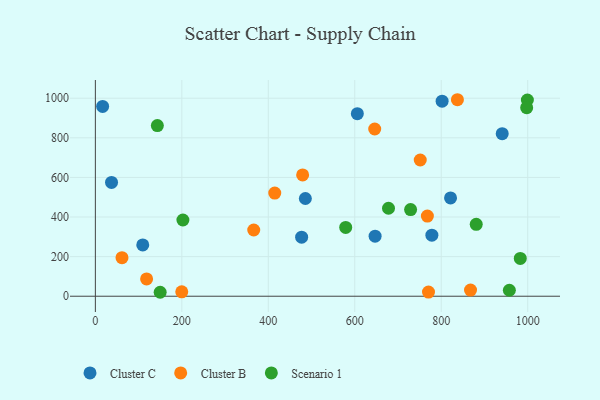
{"axis": {"x": "Distance", "y": "Fuel Efficiency"}, "legend": ["Cluster B", "Cluster C", "Scenario 1"], "data": [{"x": "802.0", "y": 985.0, "type": "Cluster C"}, {"x": "109.6", "y": 258.8, "type": "Cluster C"}, {"x": "477.1", "y": 298.4, "type": "Cluster C"}, {"x": "16.8", "y": 958.5, "type": "Cluster C"}, {"x": "941.0", "y": 820.9, "type": "Cluster C"}, {"x": "485.7", "y": 493.5, "type": "Cluster C"}, {"x": "821.5", "y": 496.3, "type": "Cluster C"}, {"x": "37.4", "y": 574.7, "type": "Cluster C"}, {"x": "778.3", "y": 308.2, "type": "Cluster C"}, {"x": "605.9", "y": 921.7, "type": "Cluster C"}, {"x": "647.0", "y": 303.4, "type": "Cluster C"}, {"x": "867.7", "y": 30.9, "type": "Cluster B"}, {"x": "751.4", "y": 687.9, "type": "Cluster B"}, {"x": "646.1", "y": 844.4, "type": "Cluster B"}, {"x": "366.3", "y": 334.3, "type": "Cluster B"}, {"x": "414.9", "y": 521.0, "type": "Cluster B"}, {"x": "837.4", "y": 992.3, "type": "Cluster B"}, {"x": "770.5", "y": 20.7, "type": "Cluster B"}, {"x": "767.9", "y": 404.7, "type": "Cluster B"}, {"x": "199.8", "y": 22.2, "type": "Cluster B"}, {"x": "118.5", "y": 87.5, "type": "Cluster B"}, {"x": "479.4", "y": 612.6, "type": "Cluster B"}, {"x": "61.6", "y": 194.5, "type": "Cluster B"}, {"x": "999.2", "y": 990.9, "type": "Scenario 1"}, {"x": "678.0", "y": 444.3, "type": "Scenario 1"}, {"x": "143.4", "y": 861.9, "type": "Scenario 1"}, {"x": "982.8", "y": 190.7, "type": "Scenario 1"}, {"x": "957.5", "y": 30.1, "type": "Scenario 1"}, {"x": "997.6", "y": 952.2, "type": "Scenario 1"}, {"x": "729.1", "y": 437.7, "type": "Scenario 1"}, {"x": "202.5", "y": 384.9, "type": "Scenario 1"}, {"x": "880.9", "y": 363.1, "type": "Scenario 1"}, {"x": "149.9", "y": 19.9, "type": "Scenario 1"}, {"x": "579.0", "y": 347.4, "type": "Scenario 1"}]}